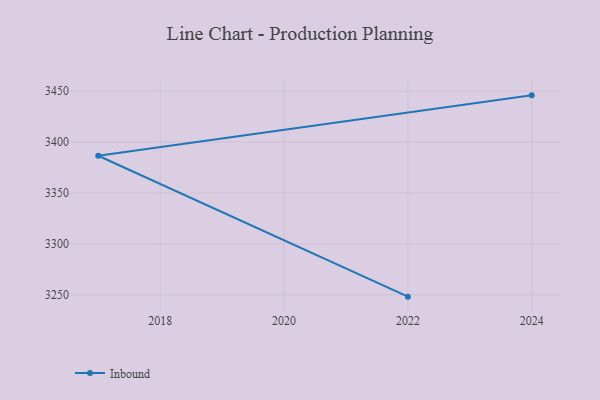
{"axis": {"x": "Year", "y": "Satisfaction Score"}, "legend": ["Inbound"], "data": [{"x": "2022", "y": 3248.2, "type": "Inbound"}, {"x": "2017", "y": 3386.6, "type": "Inbound"}, {"x": "2024", "y": 3445.9, "type": "Inbound"}]}